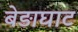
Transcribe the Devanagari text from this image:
बेड़ाघाट